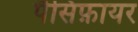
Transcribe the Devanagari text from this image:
पैसिफ़ायर